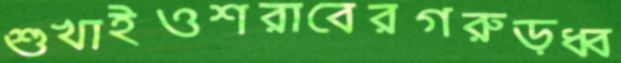
শুখাইওশরাবেরগরুড়ধ্ব